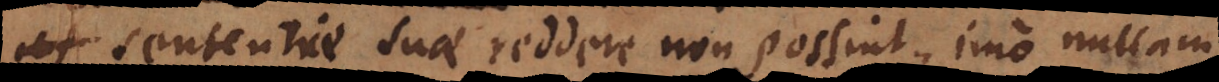
sententiae suae reddere non possint, imo nullam